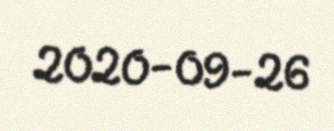
2020-09-26